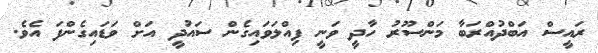
ރައީސް އަބްދުއްރަބާ މަންސޫރު ހާދީ ވަނީ ފިއްލަވައިގެން ސައުދީ އަށް ވަޑައިގެންފަ އެވެ.